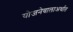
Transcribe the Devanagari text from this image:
योजनेवालाअर्थात